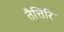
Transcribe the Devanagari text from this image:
तैत्तिरि